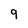
Character: 9